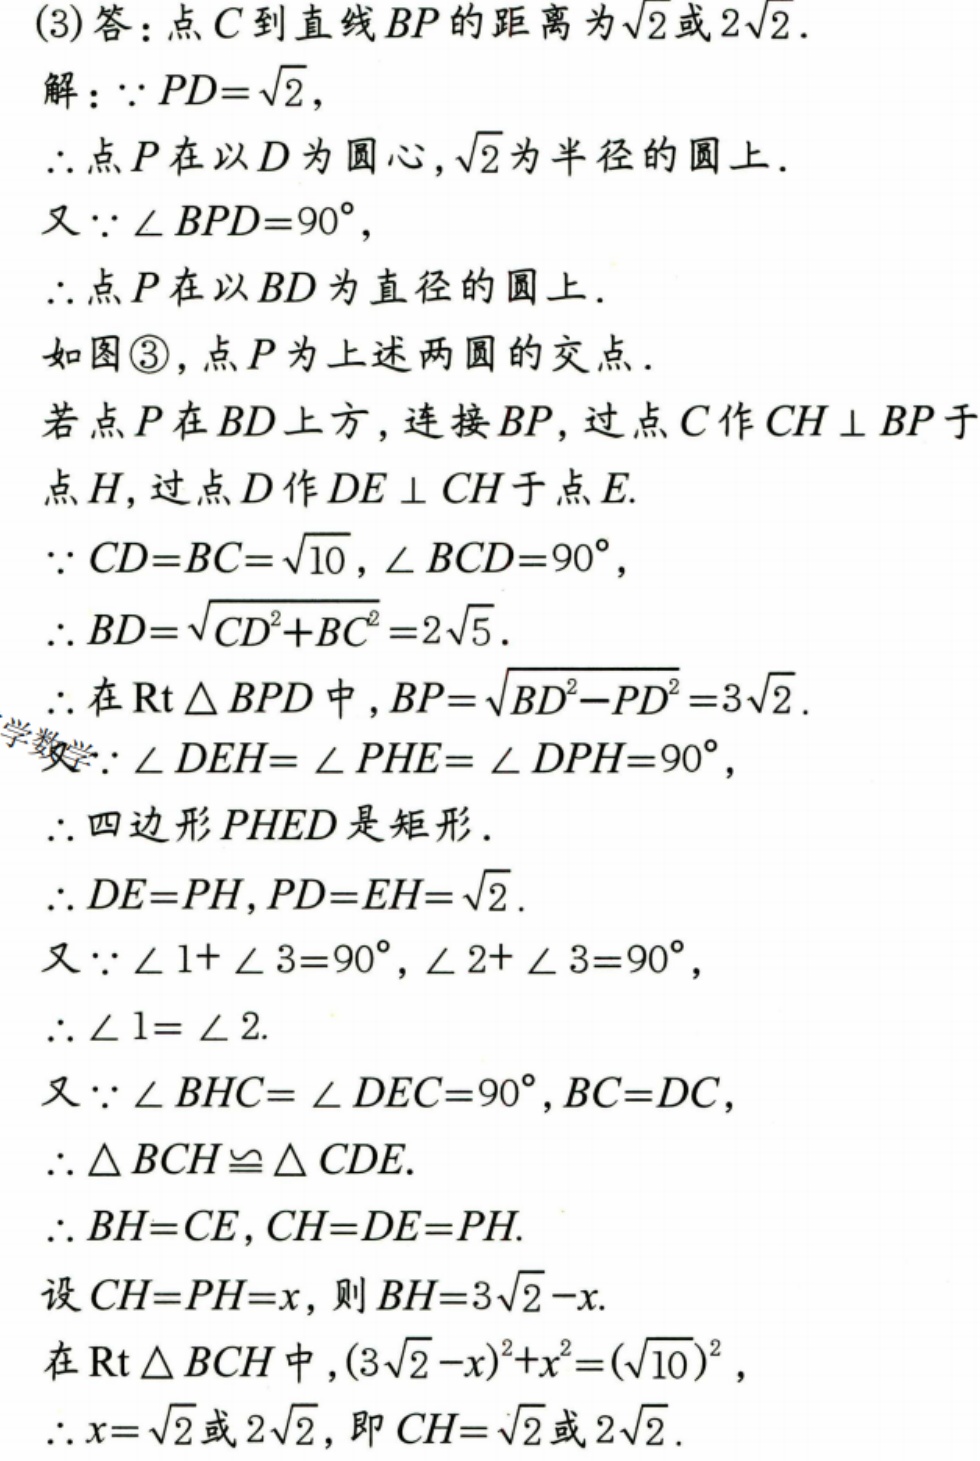
(3) 答：点 \(C\) 到直线 \(BP\) 的距离为 \(\sqrt{2}\) 或 \(2\sqrt{2}\).
解：\(\because PD = \sqrt{2}\),
\(\therefore\) 点 \(P\) 在以 \(D\) 为圆心, \(\sqrt{2}\) 为半径的圆上.
又 \(\because\angle BPD = 90^{\circ}\),
\(\therefore\) 点 \(P\) 在以 \(BD\) 为直径的圆上.
如图\textcircled{3}, 点 \(P\) 为上述两圆的交点.
若点 \(P\) 在 \(BD\) 上方, 连接 \(BP\), 过点 \(C\) 作 \(CH\perp BP\) 于点 \(H\), 过点 \(D\) 作 \(DE\perp CH\) 于点 \(E\).
\(\because CD = BC=\sqrt{10}\), \(\angle BCD = 90^{\circ}\),
\(\therefore BD=\sqrt{CD^{2}+BC^{2}} = 2\sqrt{5}\).
\(\therefore\) 在 \(\text{Rt}\triangle BPD\) 中, \(BP=\sqrt{BD^{2}-PD^{2}} = 3\sqrt{2}\).
\(\because\angle DEH=\angle PHE=\angle DPH = 90^{\circ}\),
\(\therefore\) 四边形 \(PHED\) 是矩形.
\(\therefore DE = PH\), \(PD = EH=\sqrt{2}\).
又 \(\because\angle 1+\angle 3 = 90^{\circ}\), \(\angle 2+\angle 3 = 90^{\circ}\),
\(\therefore\angle 1=\angle 2\).
又 \(\because\angle BHC=\angle DEC = 90^{\circ}\), \(BC = DC\),
\(\therefore\triangle BCH\cong\triangle CDE\).
\(\therefore BH = CE\), \(CH = DE = PH\).
设 \(CH = PH = x\), 则 \(BH = 3\sqrt{2}-x\).
在 \(\text{Rt}\triangle BCH\) 中, \((3\sqrt{2}-x)^{2}+x^{2}=(\sqrt{10})^{2}\),
\(\therefore x=\sqrt{2}\) 或 \(2\sqrt{2}\), 即 \(CH=\sqrt{2}\) 或 \(2\sqrt{2}\).